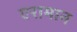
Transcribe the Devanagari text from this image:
एरामान